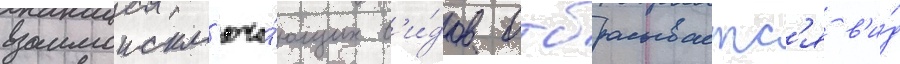
взаимоискл'юча́ющих в'и́дов отбрасываетс'я в'и́д